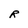
Character: R